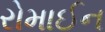
રોમાઈન